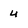
Character: u